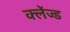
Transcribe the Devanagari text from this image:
क्लेंज्ड